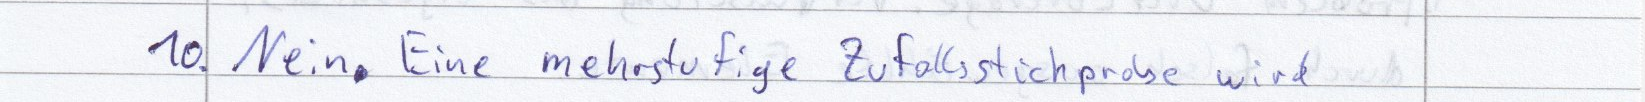
10. Nein. Eine mehrstufige Zufallsstichprobe wird